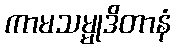
ကာမသမ္မုဒိတာနံ